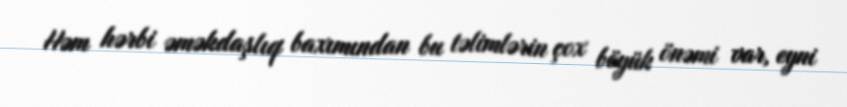
Həm hərbi əməkdaşlıq baxımından bu təlimlərin çox böyük önəmi var, eyni